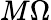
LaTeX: M\Omega